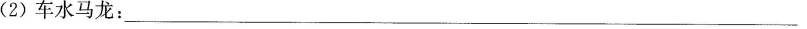
(2)车水马龙：___